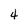
Character: 4